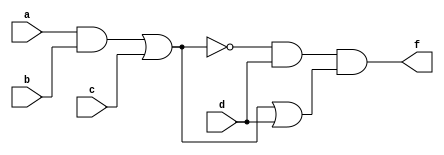
module prog_1_1(a,b,c,d,f);
input a,b,c,d;
output f;

assign f = (((~((a & b) | c))&d)&(((a & b)|c)|d));

endmodule